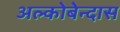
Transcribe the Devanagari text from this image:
अल्कोबेन्दास